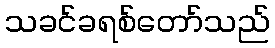
သခင်ခရစ်တော်သည်